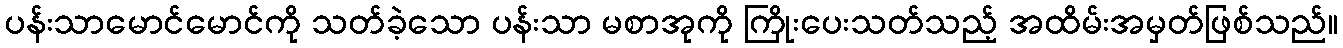
ပန်းသာမောင်မောင်ကို သတ်ခဲ့သော ပန်းသာ မစာအုကို ကြိုးပေးသတ်သည့် အထိမ်းအမှတ်ဖြစ်သည်။